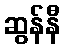
ဆွန်နီ